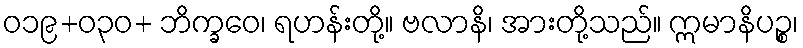
ဝ၁၉+၀၃ဝ+ ဘိက္ခဝေ၊ ရဟန်းတို့။ ဗလာနိ၊ အားတို့သည်။ ဣမာနိပဉ္စ၊